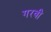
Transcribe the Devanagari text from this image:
गरवी